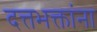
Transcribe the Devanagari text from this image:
दत्तभक्तांना